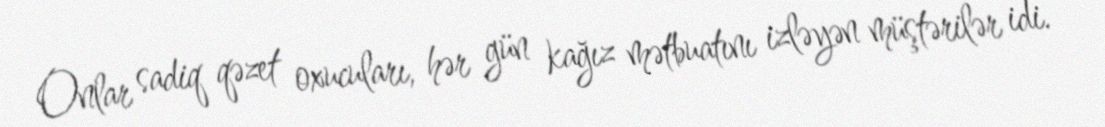
Onlar sadiq qəzet oxucuları, hər gün kağız mətbuatını izləyən müştərilər idi.